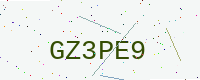
Text: GZ3PE9